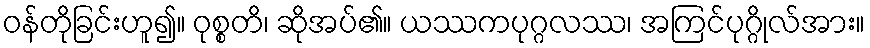
ဝန်တိုခြင်းဟူ၍။ ဝုစ္စတိ၊ ဆိုအပ်၏။ ယဿကပုဂ္ဂလဿ၊ အကြင်ပုဂ္ဂိုလ်အား။